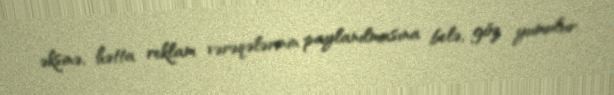
əksinə, hətta reklam vərəqələrinin paylanılmasına belə, göz yumulur.